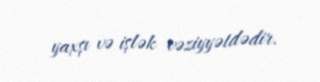
yaxşı və işlək vəziyyətdədir.